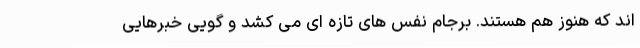
اند که هنوز هم هستند. برجام نفس های تازه ای می کشد و گویی خبرهایی